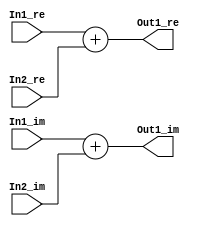
// -------------------------------------------------------------
// 
// 
// Generated by MATLAB 9.8 and HDL Coder 3.16
// 
// -------------------------------------------------------------


// -------------------------------------------------------------
// 
// Module: Complex_Sum3_block11
// Source Path: newhope_cambios/FDHT/DFT/DFT5/DFT5-column 1/DFT5-3/Complex-Sum3
// Hierarchy Level: 5
// 
// -------------------------------------------------------------

`timescale 1 ns / 1 ns

module Complex_Sum3_block11
          (In1_re,
           In1_im,
           In2_re,
           In2_im,
           Out1_re,
           Out1_im);


  input   signed [36:0] In1_re;  // sfix37_En22
  input   signed [36:0] In1_im;  // sfix37_En22
  input   signed [36:0] In2_re;  // sfix37_En22
  input   signed [36:0] In2_im;  // sfix37_En22
  output  signed [36:0] Out1_re;  // sfix37_En22
  output  signed [36:0] Out1_im;  // sfix37_En22


  wire signed [36:0] Sum_out1;  // sfix37_En22
  wire signed [36:0] Sum1_out1;  // sfix37_En22


  assign Sum_out1 = In1_re + In2_re;



  assign Out1_re = Sum_out1;

  assign Sum1_out1 = In1_im + In2_im;



  assign Out1_im = Sum1_out1;

endmodule  // Complex_Sum3_block11